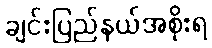
ချင်းပြည်နယ်အစိုးရ